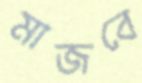
মাজবে